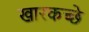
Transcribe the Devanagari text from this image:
खारकच्छे